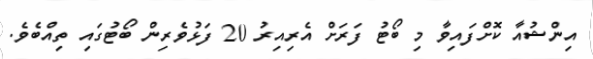
އިންޝުއާ ކޮށްފައިވާ މި ބޯޓު ފަރަށް އެރިއިރު 20 ފަޅުވެރިން ބޯޓުގައި ތިއްބެވެ.